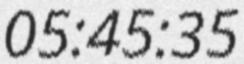
05:45:35